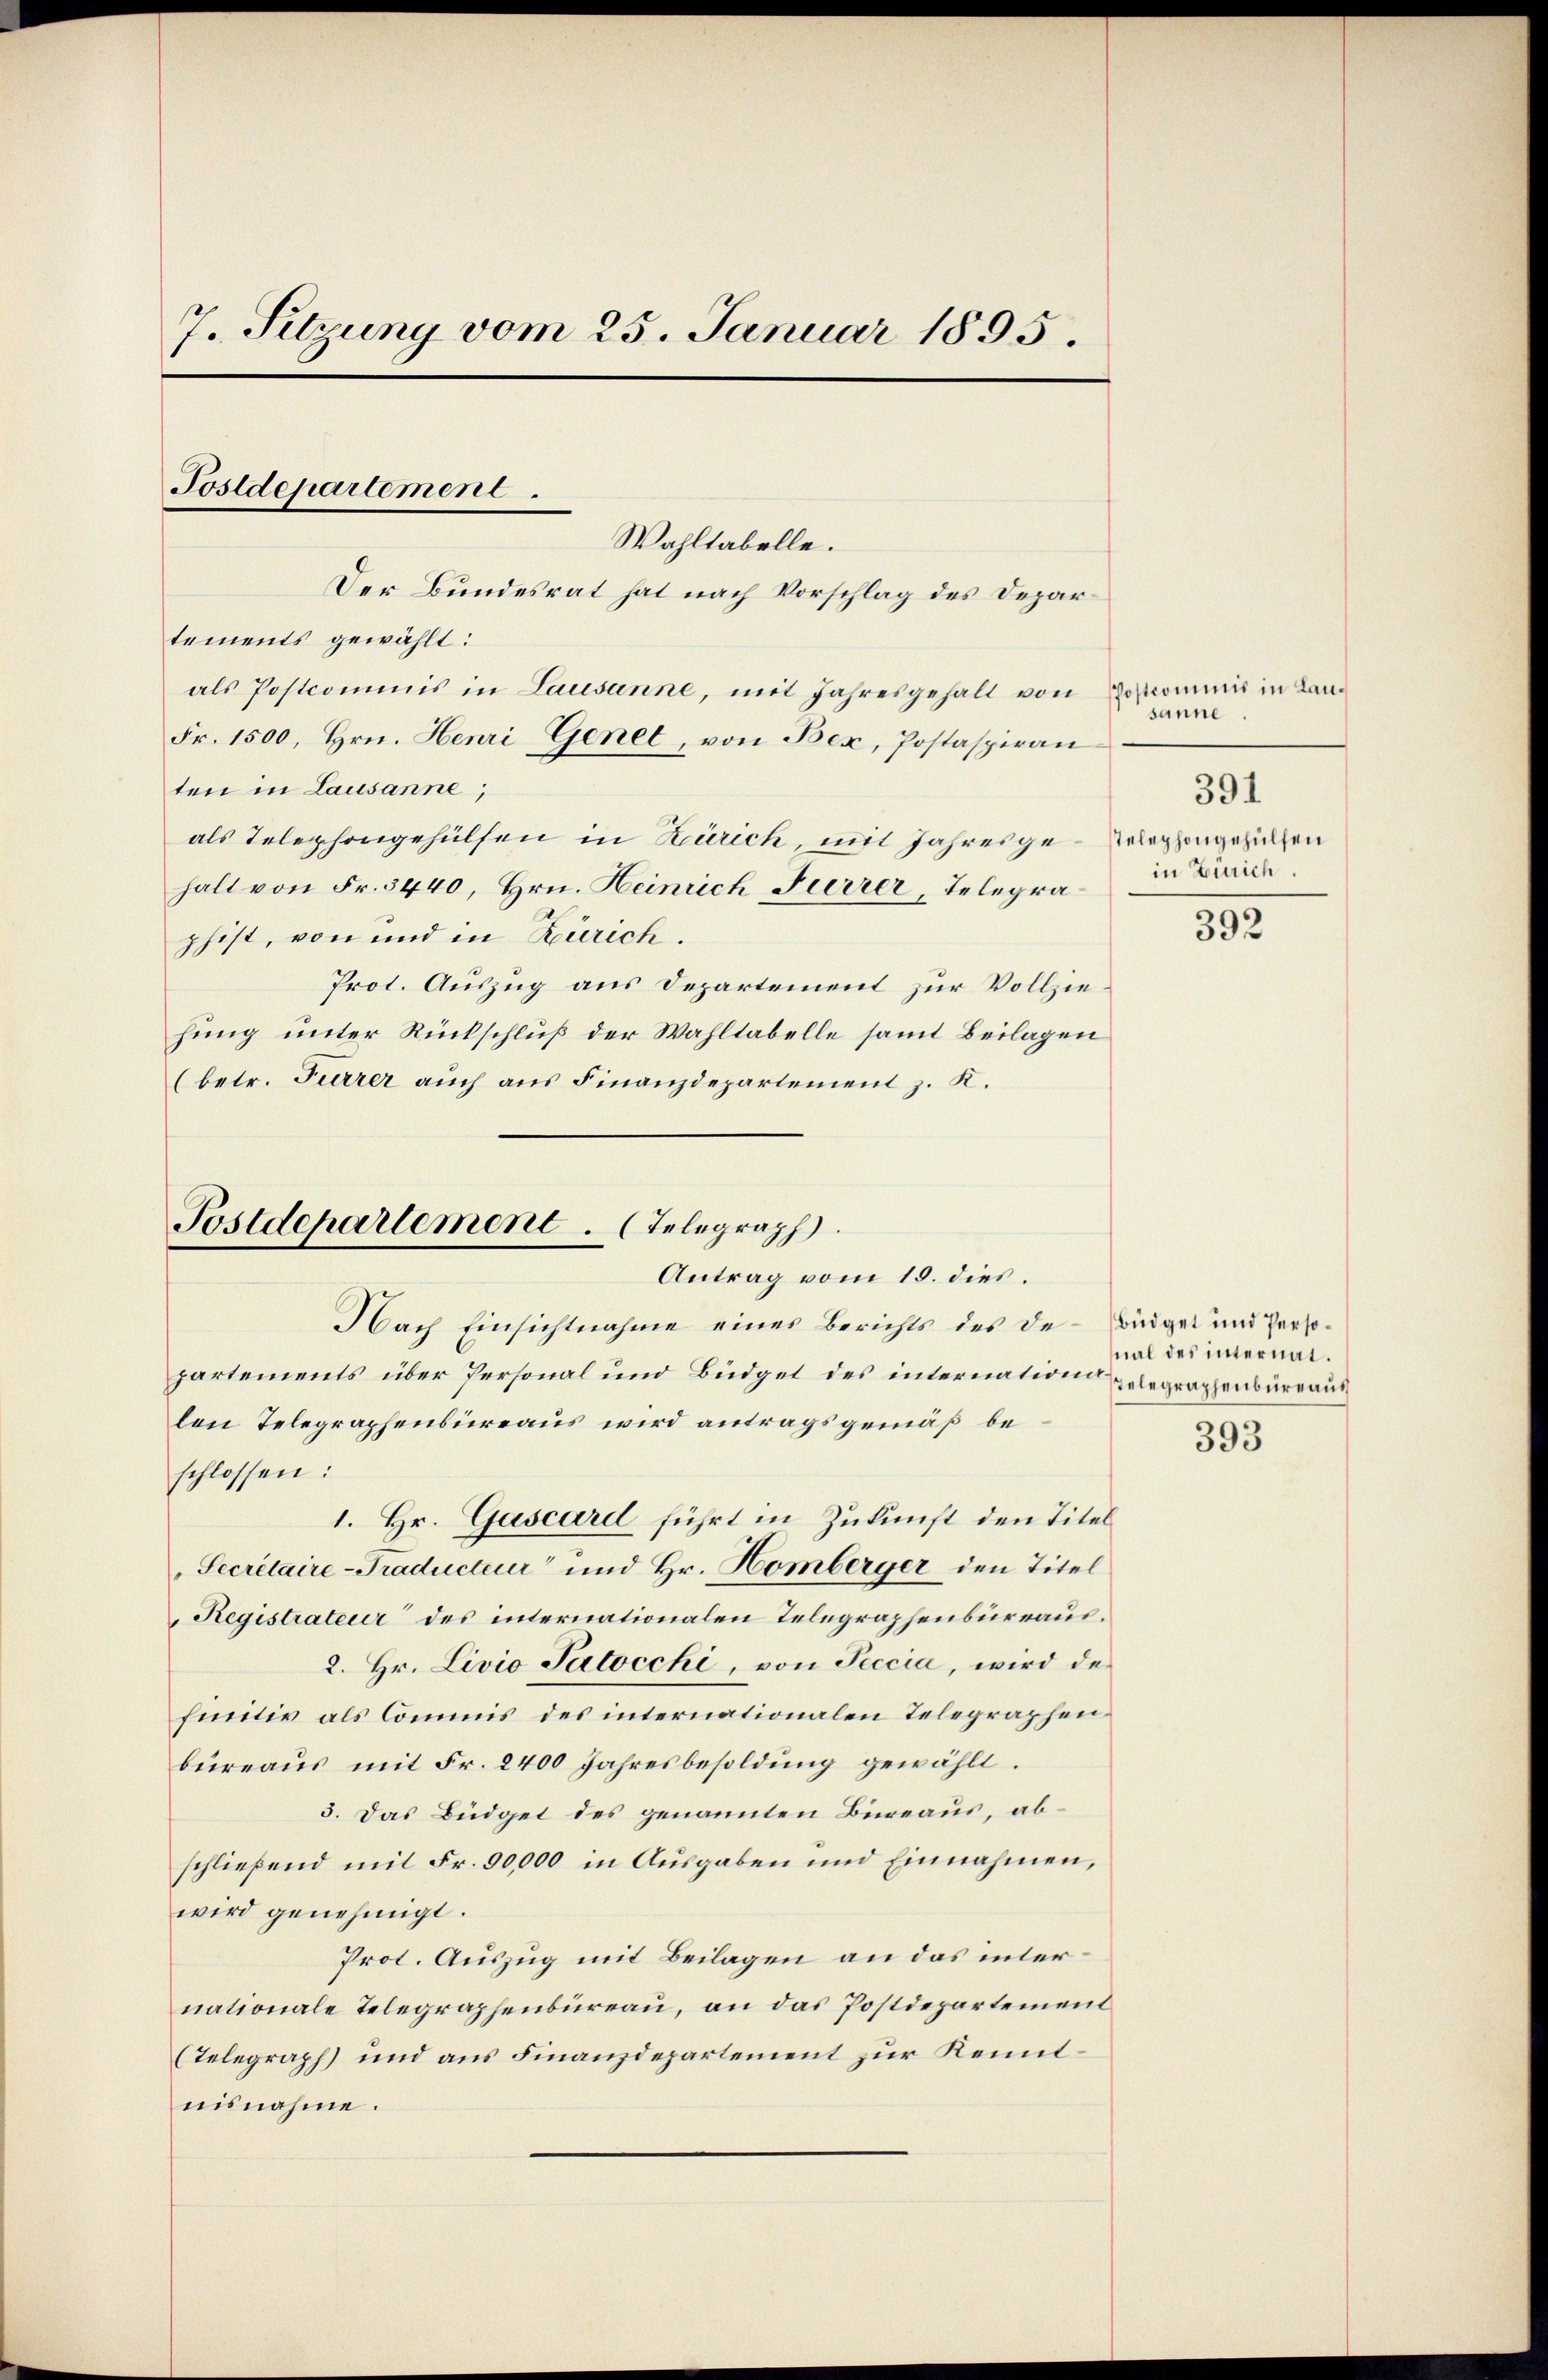
7. Sitzung vom 25. Januar 1895.
Postdepartement.
Wahltabelle.

tements gewählt:
als Postcommis in Lausanne, mit Jahresgehalt von
Fr. 1500, Hrn. Henri Genet, von Bex, Postaspiran
ten in Lausanne;
als Telephongehülfen in Zürich, mit Jahresge-Siphongesuchen
halt von Fr. 3440, Hrn. Heinrich Furrer, Telegraphist, von und in Zürich.
Prot. Auszug aus Departement zur Vollziehung unter Rückschluß der Wahltabelle samt Beilagen
(betr. Furrer auch aus Finanzdepartement z. K.

Der Bundesrat hat nach Vorschlag des Depar¬

Postdepartement. Telegraph
Antrag vom 15. dies.

Nach Einsichtnahme eines Berichts des de-Büdget und Persopartements über Personal und Büdget des internation gelegraphenbureaus
leon Telegraphenbureaus wird antragsgemäß beschlossen:
1. Hr. Gascard führt in Zukunft den Titel
Secretaire-Traducteur“ und Hr. Homberger den Titel
Registrateur des internationalen Telegraphenbureaus.
2. Hr. Livio Satocchi, von Seccia, wird der
finitiv als Commis des internationalen Telegraphen.
büreaus mit Fr. 2400 Jahresbesoldung gewählt.
3. Das Büdget des genannten Büreaus, abschließend mit Fr. 90,000 in Ausgaben und Einnahmen,
wird genehmigt.
Prot. Auszug mit Beilagen an das internationale Telegraphenbureau, an das Postdepartement
(Telegraph) und aus Finanzdepartement zur Kenntnisnahme.

Postcommis in Lausanne
in Zürich.

391

392

nal des internal¬

393